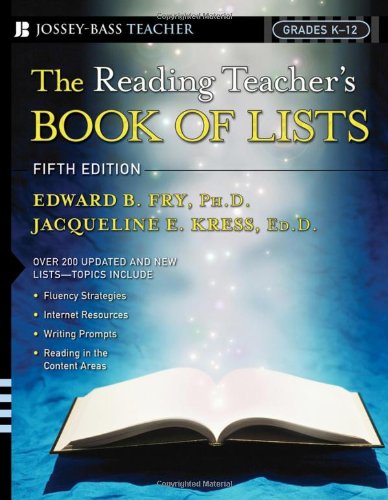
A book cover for The Reading Teacher's Book Of Lists: Grades K-12, Fifth Edition; Edward B. Fry; Literature & Fiction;